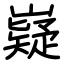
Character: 嶷